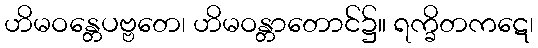
ဟိမဝန္တေပဗ္ဗတေ၊ ဟိမဝန္တာတောင်၌။ ရက္ခိတကဋေ၊